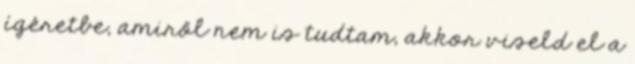
ígéretbe, amiről nem is tudtam, akkor viseld el a